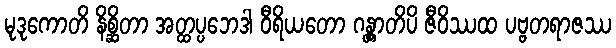
မုဒုကောတိ နိစ္ဆိတာ အတ္ထပ္ပဘေဒါ ဝီရိယတော ဂန္တွာတိပိ ဇီဝိဿထ ပဗ္ဗတရာဇဿ